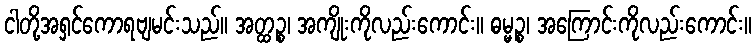
ငါတို့အရှင်ကောရဗျမင်းသည်။ အတ္ထဉ္စ၊ အကျိုးကိုလည်းကောင်း။ ဓမ္မဉ္စ၊ အကြောင်းကိုလည်းကောင်း။